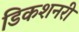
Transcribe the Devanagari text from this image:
डिकशनरी